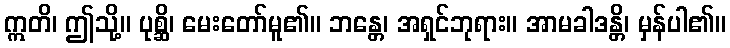
ဣတိ၊ ဤသို့။ ပုစ္ဆိ၊ မေးတော်မူ၏။ ဘန္တေ၊ အရှင်ဘုရား။ အာမခါဒန္တိ၊ မှန်ပါ၏။